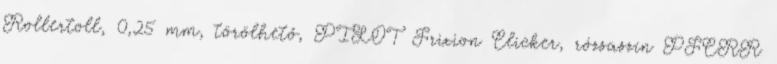
Rollertoll, 0,25 mm, törölhető, PILOT Frixion Clicker, rózsaszín PFCRR